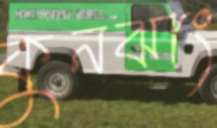
কুনঝাং